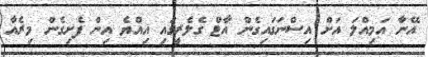
އޭނާ އަމިއްލަ އަށް އިސްނަގައިގެން އާޓް ގެލެރީގައި އިއްޔެ އިން ފެށިގެން މިރެއާ